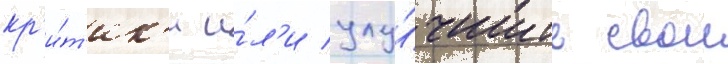
кр'и́т'ик'и и́л'и улу́чшить свои